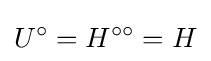
U^{\circ }=H^{\circ \circ }=H